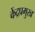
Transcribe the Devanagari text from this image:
केंद्रप्रमुख